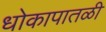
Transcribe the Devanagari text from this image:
धोकापातळी